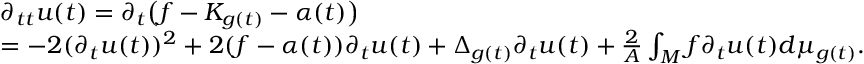
\begin{array} { r l } & { \partial _ { t t } u ( t ) = \partial _ { t } \bigl ( f - K _ { g ( t ) } - \alpha ( t ) \bigr ) } \\ & { = - 2 ( \partial _ { t } u ( t ) ) ^ { 2 } + 2 ( f - \alpha ( t ) ) \partial _ { t } u ( t ) + \Delta _ { g ( t ) } \partial _ { t } u ( t ) + \frac 2 A \int _ { M } f \partial _ { t } u ( t ) d \mu _ { g ( t ) } . } \end{array}